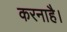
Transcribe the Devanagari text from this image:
करनाहै।